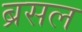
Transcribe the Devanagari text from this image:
ब्रसल